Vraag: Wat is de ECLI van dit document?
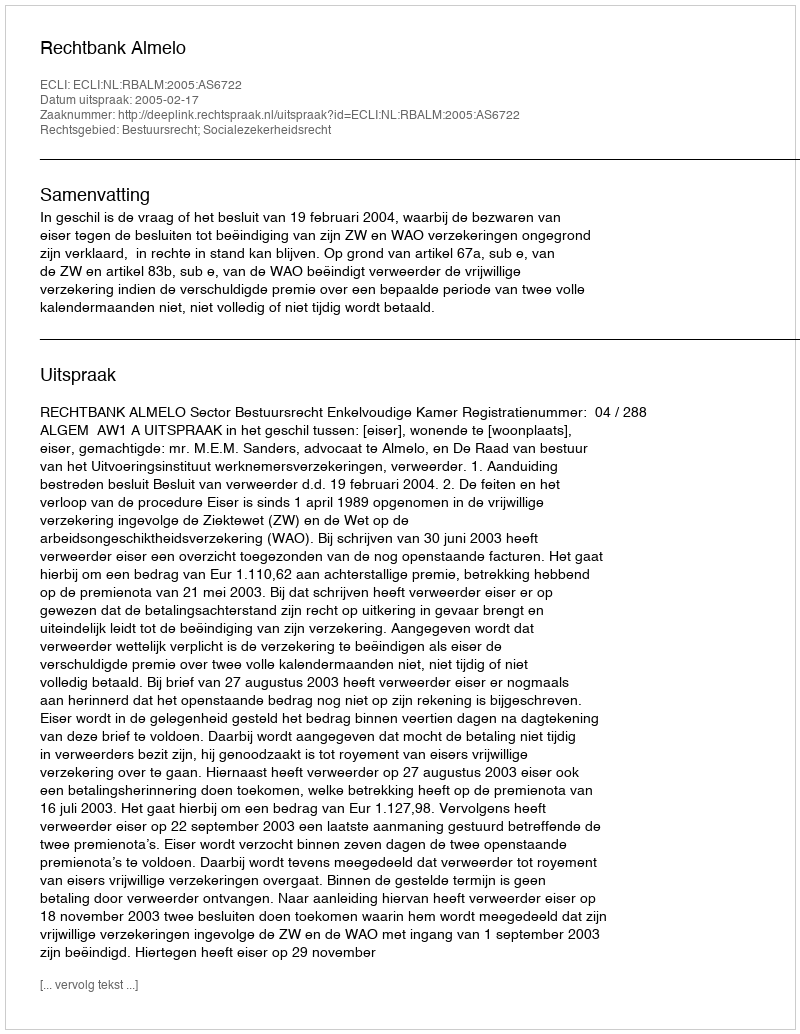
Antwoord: ECLI:NL:RBALM:2005:AS6722